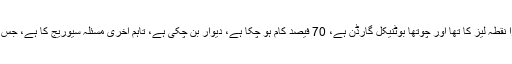
بابر اعوان کا کہنا تھا کہ تیسرا نقطہ لیز کا تھا اور چوتھا بوٹنیکل گارڈن ہے، 70 فیصد کام ہو چکا ہے، دیوار بن چکی ہے، تاہم آخری مسئلہ سیوریج کا ہے، جس کا پانی صاف کیا جاسکتا ہے۔